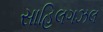
સાહિલગઝલ